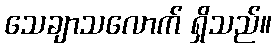
သေချာသလောက် ရှိသည်။